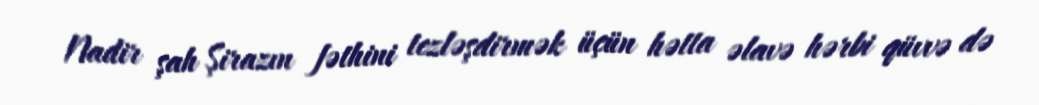
Nadir şah Şirazın fəthini tezləşdirmək üçün hətta əlavə hərbi qüvvə də